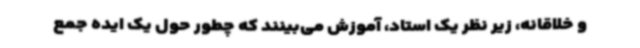
و خلاقانه، زیر نظر یک استاد، آموزش می‌بینند که چطور حول یک ایده جمع